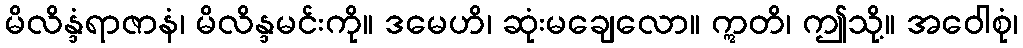
မိလိန္ဒံရာဇာနံ၊ မိလိန္ဒမင်းကို။ ဒမေဟိ၊ ဆုံးမချေလော။ ဣတိ၊ ဤသို့။ အဝေါစုံ၊